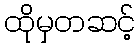
ထိုမှတဆင့်